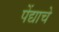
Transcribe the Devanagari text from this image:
पेंद्याचे